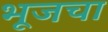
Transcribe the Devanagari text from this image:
भूजचा